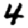
Digit: 4